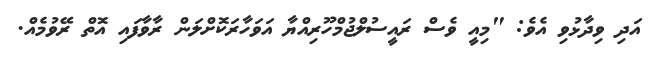
އަދި ވިދާޅުވި އެވެ: "މިއީ ވެސް ރައީސުލްޖުމްހޫރިއްޔާ އަވަހާރަކޮށްލަން ރާވާފައި އޮތް ރޭވުމެއް.